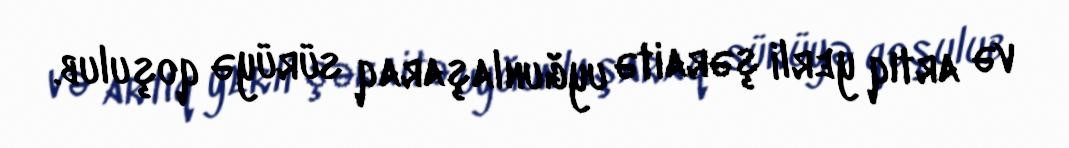
və artıq yerli şəraitə uyğunlaşaraq sürüyə qoşulub.